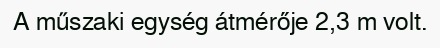
A műszaki egység átmérője 2,3 m volt.